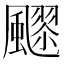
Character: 𱃍